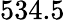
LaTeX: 534.5